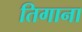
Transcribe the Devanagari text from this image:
तिगाना